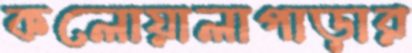
কলোয়ালাপাড়ার